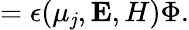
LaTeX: =\epsilon(\mu_{\mathit{j}},{\mathbf{E},H})\Phi.